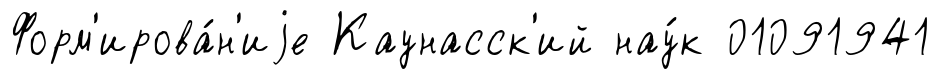
Форм'ирова́н'иjе Каунасск'ий нау́к 01091941